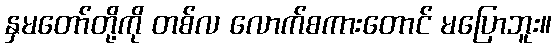
နှမတော်တို့ကို တစ်လ လောက်စကားတောင် မပြောဘူး။